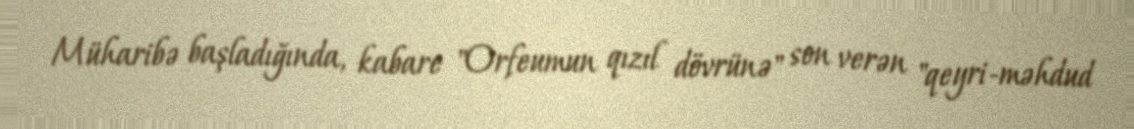
Müharibə başladığında, kabare "Orfeumun qızıl dövrünə" son verən "qeyri-məhdud